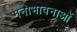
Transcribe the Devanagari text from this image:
मनोभावनाआें